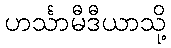
ဟင်္သာမီဒီယာသို့